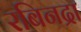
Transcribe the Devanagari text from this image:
रबिनद्रा